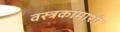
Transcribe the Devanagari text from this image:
वस्त्रकामाशी